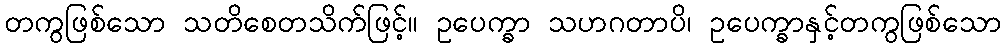
တကွဖြစ်သော သတိစေတသိက်ဖြင့်။ ဥပေက္ခာ သဟဂတာပိ၊ ဥပေက္ခာနှင့်တကွဖြစ်သော